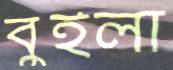
বুইলা